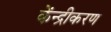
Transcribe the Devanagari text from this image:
केंन्द्रीकरण